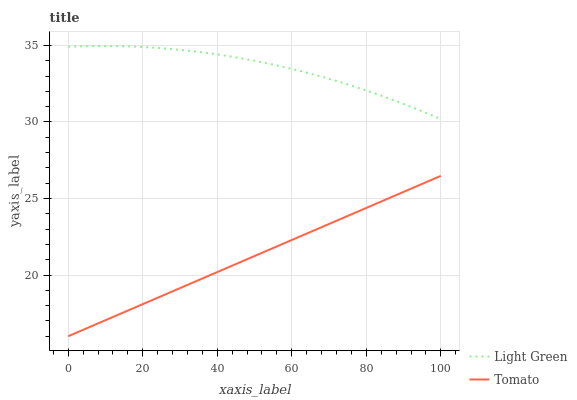
| xaxis_label | Light Green | Tomato |
 | --- | --- | --- |
 | 0 | 34.9 | 16 |
 | 6.25 | 35 | 16.7 |
 | 12.5 | 35 | 17.3 |
 | 18.8 | 34.9 | 18 |
 | 25 | 34.8 | 18.6 |
 | 31.2 | 34.7 | 19.3 |
 | 37.5 | 34.5 | 19.9 |
 | 43.8 | 34.3 | 20.6 |
 | 50 | 34 | 21.2 |
 | 56.2 | 33.7 | 21.9 |
 | 62.5 | 33.3 | 22.5 |
 | 68.8 | 32.9 | 23.2 |
 | 75 | 32.5 | 23.9 |
 | 81.2 | 32 | 24.5 |
 | 87.5 | 31.4 | 25.2 |
 | 93.8 | 30.8 | 25.8 |
 | 100 | 30.2 | 26.5 |